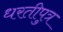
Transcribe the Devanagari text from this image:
धरतीपुत्र